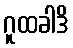
ဂူထခါဒိ